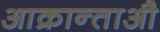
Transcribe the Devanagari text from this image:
आक्रान्ताऔ